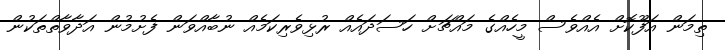
ތިމަން އަފޫކޮށް އެއްވެސް މީހެއްގެ މައްޗަށް ހަސަދައެއް ރުޅިވެރިކަމެއް ނުބާއްވަން ފެށުމުން އަދާވާތްތަކުން